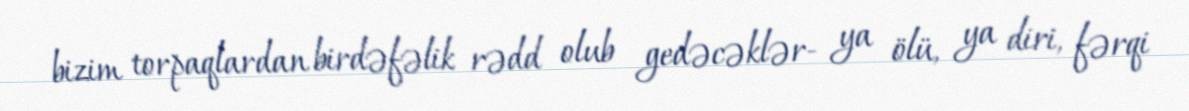
bizim torpaqlardan birdəfəlik rədd olub gedəcəklər- ya ölü, ya diri, fərqi